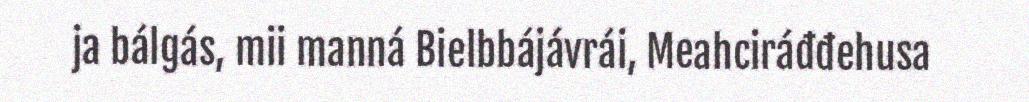
ja bálgás, mii manná Bielbbájávrái, Meahciráđđehusa